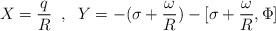
LaTeX: \begin{align*}X = \frac{q}{R} \;\; , \;\; Y = - (\sigma + \frac{\omega}{R})- [\sigma + \frac{\omega}{R},\Phi]\end{align*}